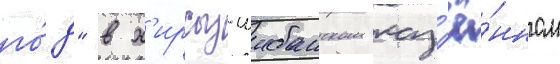
го́д" в х'ирсыз-шибанском каз'ё́нном